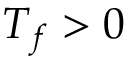
T _ { f } > 0